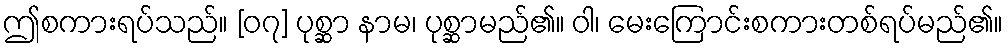
ဤစကားရပ်သည်။ [၀၇] ပုစ္ဆာ နာမ၊ ပုစ္ဆာမည်၏။ ဝါ၊ မေးကြောင်းစကားတစ်ရပ်မည်၏။